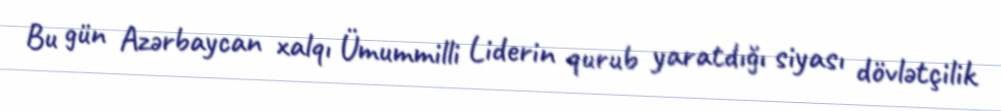
Bu gün Azərbaycan xalqı Ümummilli Liderin qurub yaratdığı siyası dövlətçilik